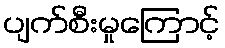
ပျက်စီးမှုကြောင့်